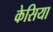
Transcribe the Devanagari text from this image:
केसिया